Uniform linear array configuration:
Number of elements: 48
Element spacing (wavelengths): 1
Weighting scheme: exponential
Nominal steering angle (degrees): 0
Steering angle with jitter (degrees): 1.82
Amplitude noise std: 0.05
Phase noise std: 0.05

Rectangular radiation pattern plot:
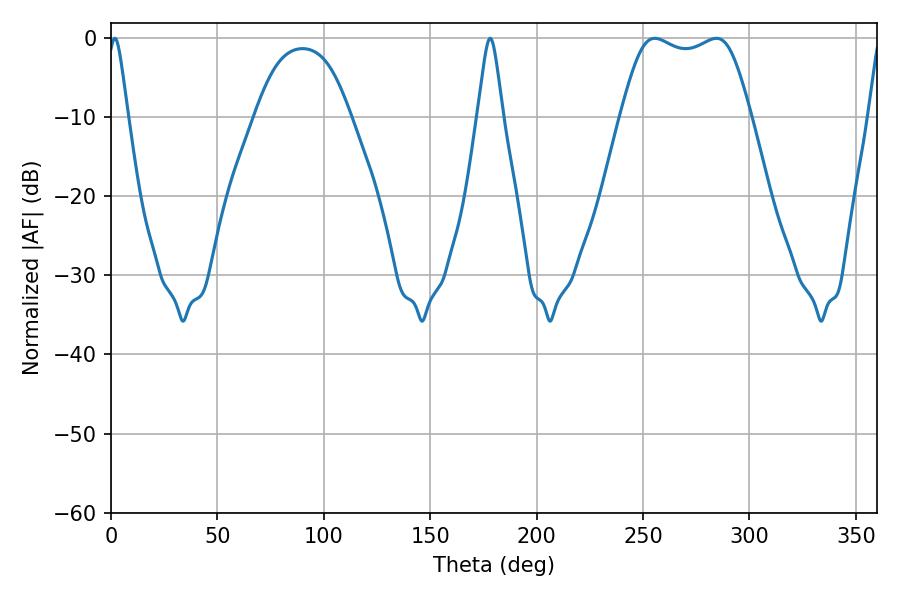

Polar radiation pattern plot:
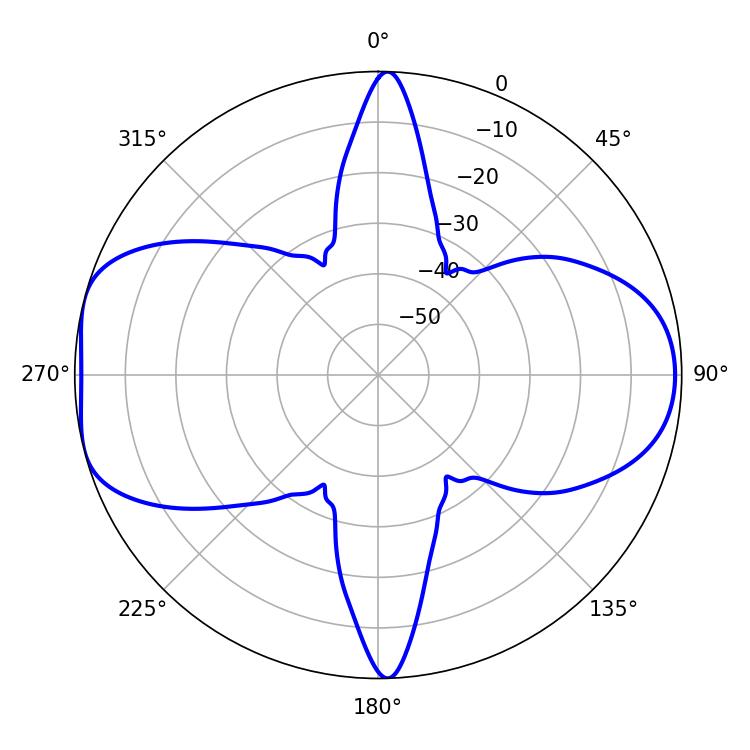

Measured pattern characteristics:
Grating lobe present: TRUE
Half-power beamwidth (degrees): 46.8
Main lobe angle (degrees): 284.4